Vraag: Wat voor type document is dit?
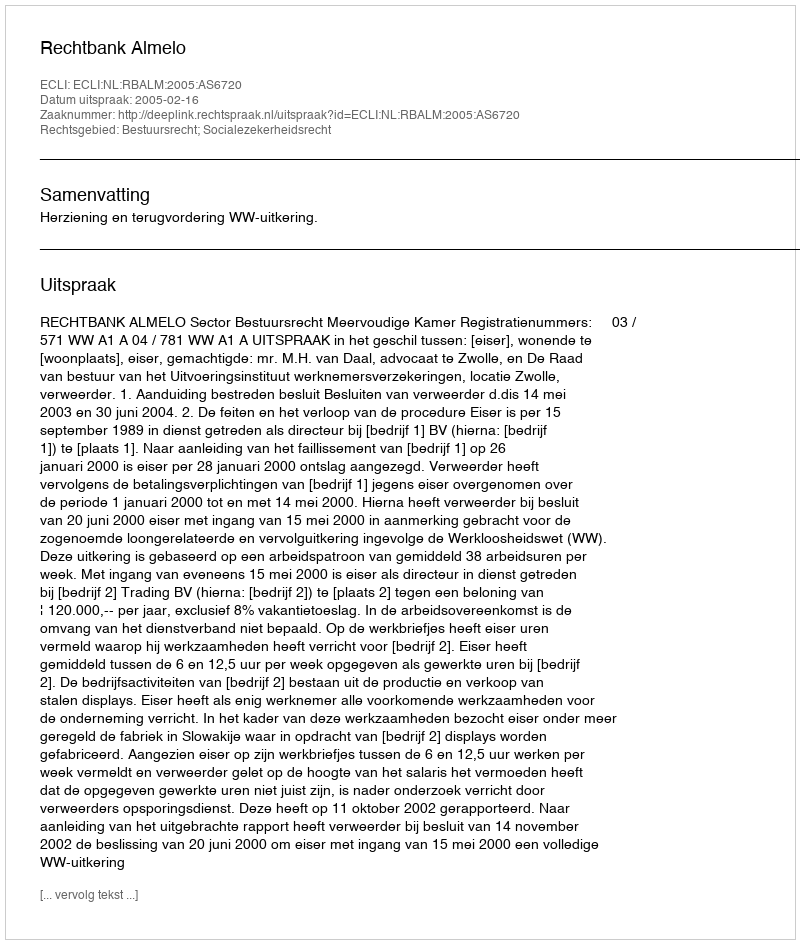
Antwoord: Uitspraak